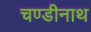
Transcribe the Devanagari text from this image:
चण्‍डीनाथ